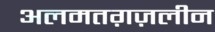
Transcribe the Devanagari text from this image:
अलमतग़ज़लीन